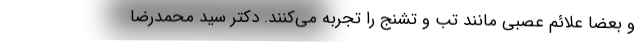
و بعضا علائم عصبی مانند تب و تشنج را تجربه می‌کنند. دکتر سید محمدرضا